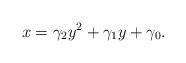
LaTeX: \begin{align*} x = \gamma_2y^2 +\gamma_1y+\gamma_0.\end{align*}